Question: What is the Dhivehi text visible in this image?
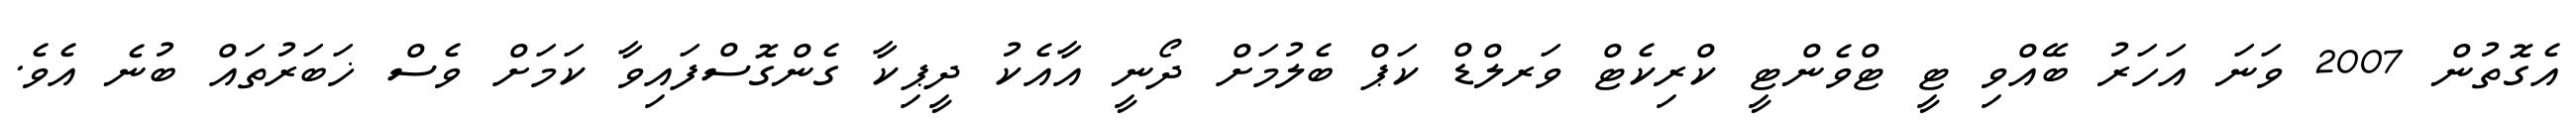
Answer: އެގޮތުން 2007 ވަނަ އަހަރު ބޭއްވި ޓީ ޓްވެންޓީ ކްރިކެޓް ވަރލްޑް ކަޕް ބެލުމަށް ދޯނީ އާއެކު ދީޕިކާ ގެންގޮސްފައިވާ ކަމަށް ވެސް ޚަބަރުތައް ބުނެ އެވެ.